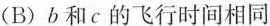
(B) b和c的飞行时间相同